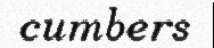
cumbers